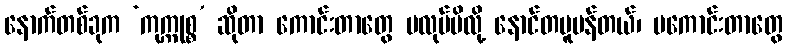
နောက်တစ်ခုက ‘ကုက္ကုစ္စ’ ဆိုတာ ကောင်းတာတွေ မလုပ်မိလို့ နောင်တပူပန်တယ်၊ မကောင်းတာတွေ